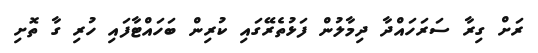
ރަށް ގިރާ ސަރަހައްދާ ދިމާލުން ފަޅުތެރޭގައި ކުރިން ބަހައްޓާފައި ހުރި ގާ ތޮށި